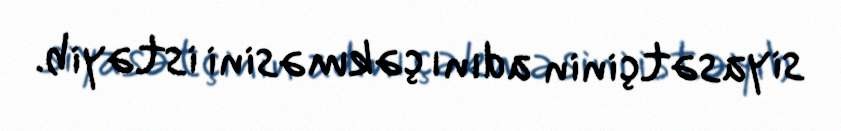
siyasətçinin adını çəkməsini istəyib.